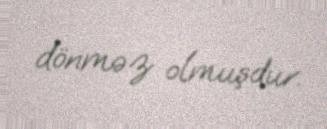
dönməz olmuşdur.